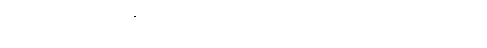
ဘိက္ခဝေ၊ ရဟန်းတို့။ ဟီနေန၊ ယုတ်သော လုံ့လ ရှိသော သူသည်။ အဂ္ဂဿ၊ မြတ်သော